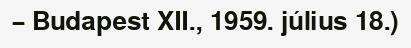
– Budapest XII., 1959. július 18.)